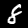
Digit: 8